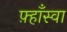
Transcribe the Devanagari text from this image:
फ़्हाँस्वा